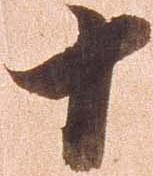
十